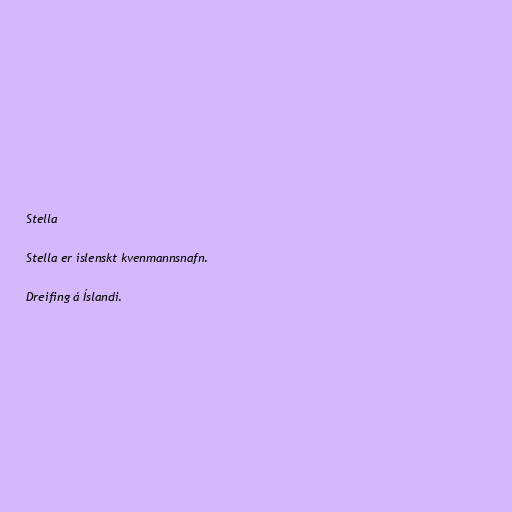
Stella

Stella er íslenskt kvenmannsnafn.

Dreifing á Íslandi.